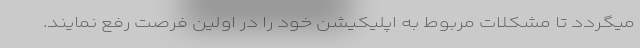
میگردد تا مشکلات مربوط به اپلیکیشن خود را در اولین فرصت رفع نمایند.